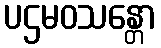
ပဌမဝသန္တော